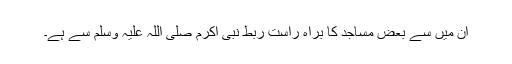
ان میں سے بعض مساجد کا براہ راست ربط نبی اکرم صلی اللہ علیہ وسلم سے ہے۔